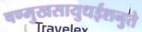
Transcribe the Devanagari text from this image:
षण्मुखसायुधईशनुते